Mental hospitals Bombay report 1921-28 - 1921-1928
Year: 1921
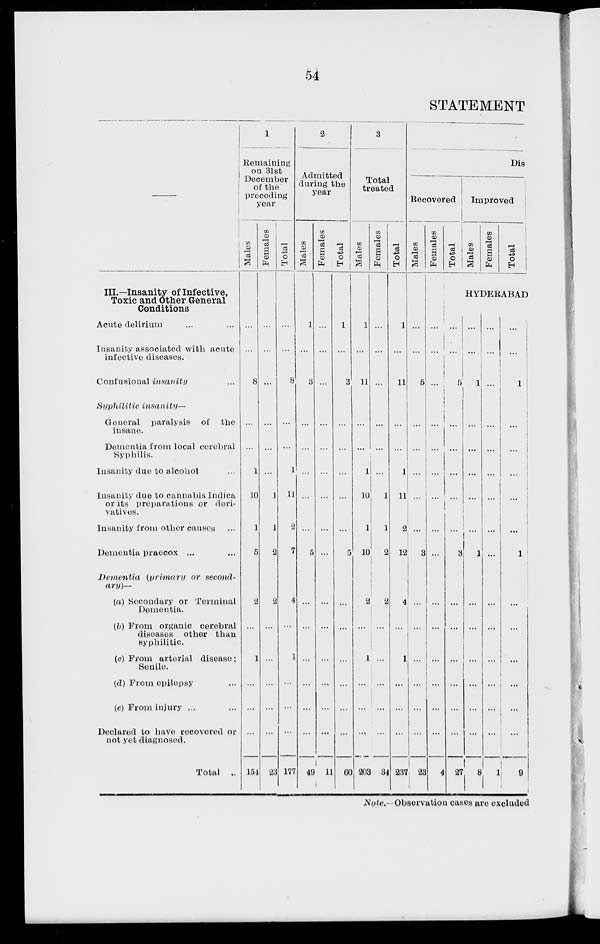
54
STATEMENT
—
III.—Insanity of Infective,
Toxic and Other General
Conditions
Acute delirium ... ...
Insanity associated with acute
infective diseases.
Confusional insanity ...
Syphilitic
insanity—
General paralysis of the
insane.
Dementia from local cerebral
Syphilis.
Insanity due to alcohol ...
Insanity due to cannabis Indica
or its preparations or deri-
vatives.
Insanity from other causes ...
Dementia praecox ... ...
Dementia
(primary or second-
ary)—
(a) Secondary or Terminal
Dementia.
(b) From organic cerebral
diseases other than
syphilitic
(c) From arterial disease ;
Senile.
(d) From epilepsy ...
(e) From injury ... ...
Declared to have recovered or
not yet diagnosed.
Total ...
1
Remaining
on 31st
December
of the
preceding
year
Males
...
...
8
...
...
1
10
1
5
2
...
1
...
...
...
154
Females
...
...
...
...
...
...
1
1
2
2
...
...
...
...
...
23
Total
...
...
8
...
...
1
11
2
7
4
...
1
...
...
...
177
2
Admitted
during the
year
Males
1
...
3
...
...
...
...
...
5
...
...
...
...
...
...
49
Females
...
...
...
...
...
...
...
...
...
...
...
...
...
...
...
11
Total
1
...
3
...
...
...
...
...
5
...
...
...
...
...
...
60
3
Total
treated
Males
1
...
11
...
...
1
10
1
10
2
...
1
...
...
...
203
Females
...
...
...
...
...
...
1
1
2
2
...
...
...
...
...
34
Total
1
...
11
...
...
1
11
2
12
4
...
1
...
...
...
237
Dis
Recovered
Males
...
...
5
...
...
...
...
...
3
...
...
...
...
...
...
23
Females
...
...
...
...
...
...
...
...
...
...
...
...
...
...
...
4
Total
...
...
5
...
...
...
...
...
3
...
...
...
...
...
...
27
Improved
Males
Females
Total
HYDERABAD
...
...
1
...
...
...
...
...
1
...
...
...
...
...
...
8
...
...
...
...
...
...
...
...
...
...
...
...
...
...
...
1
...
...
1
...
...
...
...
...
1
...
...
...
...
...
...
9
Note.—Observation cases are excluded